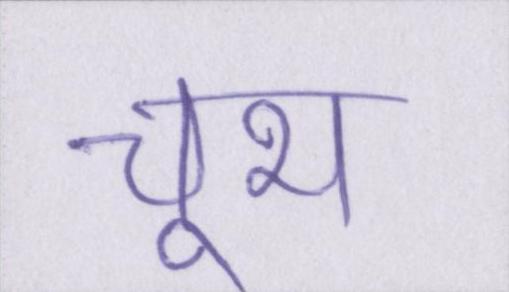
चूभ